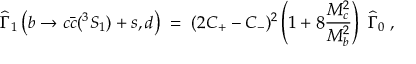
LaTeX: { { \widehat \Gamma } _ { 1 } \left( b \rightarrow c { \bar { c } } ( ^ { 3 } S _ { 1 } ) + s , d \right) \; = \; ( 2 C _ { + } - C _ { - } ) ^ { 2 } \left( 1 + 8 { \frac { M _ { c } ^ { 2 } } { M _ { b } ^ { 2 } } } \right) \; { \widehat \Gamma } _ { 0 } \; , }